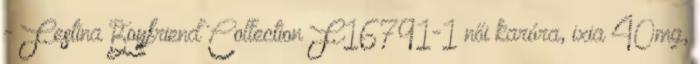
- Festina Boyfriend Collection F16791-1 női karóra, ixia 40mg,